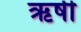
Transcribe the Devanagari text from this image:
ऋर्षी